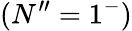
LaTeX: (N^{\prime\prime}=1^{-})